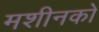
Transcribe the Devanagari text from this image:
मशीनको